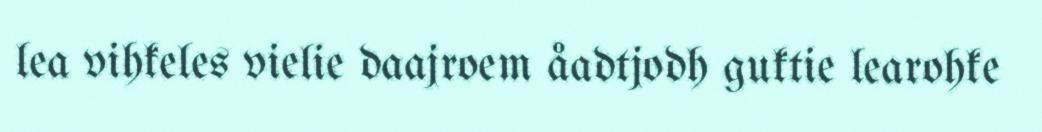
lea vihkeles vielie daajroem åadtjodh guktie learohke